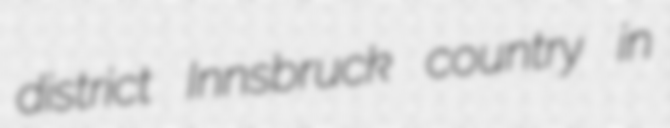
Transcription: district Innsbruck country in